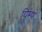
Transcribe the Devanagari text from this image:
पिम्प